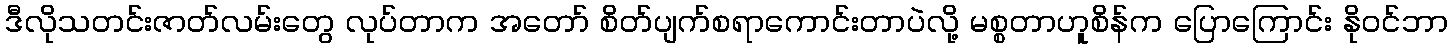
ဒီလိုသတင်းဇာတ်လမ်းတွေ လုပ်တာက အတော် စိတ်ပျက်စရာကောင်းတာပဲလို့ မစ္စတာဟူစိန်က ပြောကြောင်း နိုဝင်ဘာ